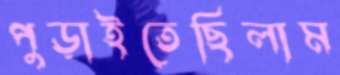
পুড়াইতেছিলাম